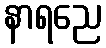
နာရညေ